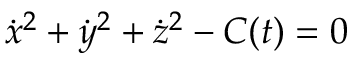
{ \dot { x } } ^ { 2 } + { \dot { y } } ^ { 2 } + { \dot { z } } ^ { 2 } - C ( t ) = 0